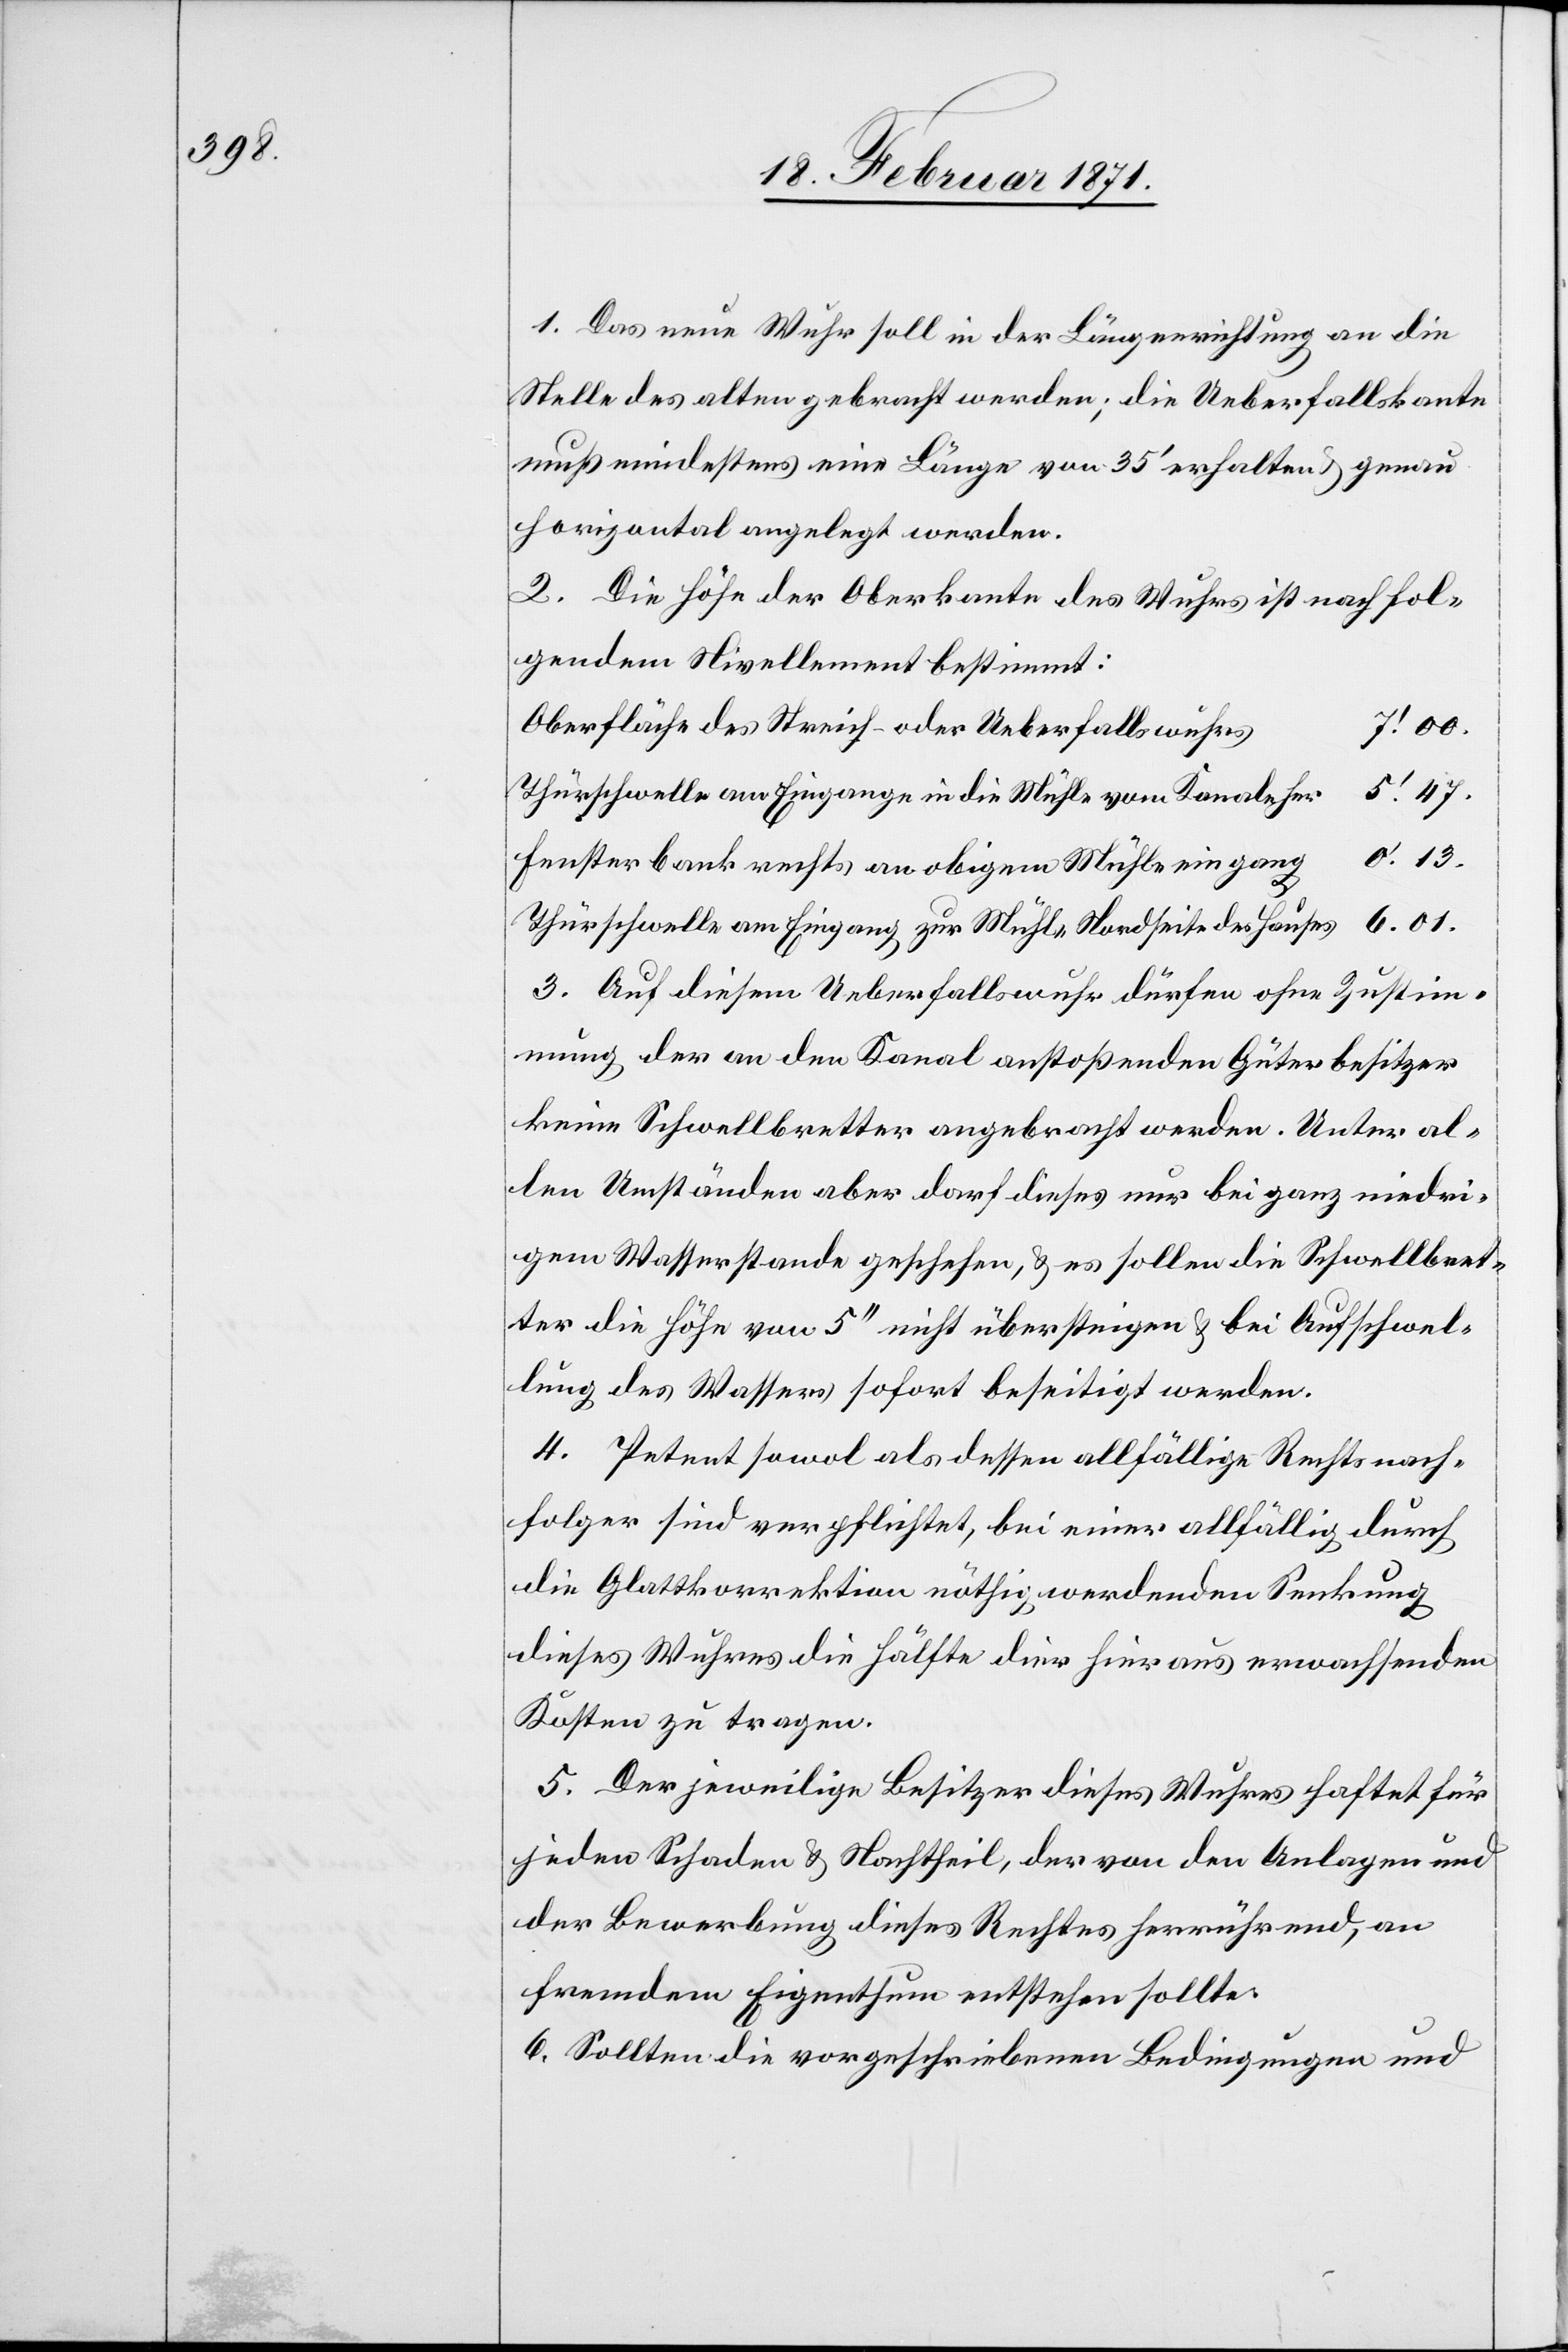
1. Das neue Wuhr soll in der Längenrichtung an die
Stelle des alten gebracht werden, die Ueberfallskante
muß mindestens eine Länge von 35‘ erhalten u. genau
horizontal angelegt werden.
2. Die Höhe der Oberkante des Wuhrs ist nach fol¬
gendem Nivellement bestimmt:
Oberfläche des Streich- oder Ueberfallswuhrs
7‘.00.
5‘.47.
Thürschwelle am Eingange in die Mühle vom Kanale her
Fensterbank rechts an obigem Mühleeingang
Thürschwelle am Eingang zur Mühle Nordseite des Hauses
3. Auf diesem Ueberfallswuhr dürfen ohne Zustim¬
mung der an den Kanal anstoßenden Güterbesitzer
keine Schwellbretter angebracht werden. Unter al¬
len Umständen aber darf dieses nur bei ganz niedri¬
gem Wasserstande geschehen, u. es sollen die Schwellbret¬
ter die Höhe von 5“ nicht übersteigen u. bei Aufschwel¬
lung des Wassers sofort beseitigt werden.
4. Petent sowol als dessen allfällige Rechtsnach¬
folger sind verpflichtet, bei einer allfällig durch
die Glattkorrektion nöthig werdenden Senkung
dieses Wuhres die Hälfte dier [sic!] hieraus erwachsenden
Kosten zu tragen.
5. Der jeweilige Besitzer dieses Wuhres haftet für
jeden Schaden u. Nachtheil, der von den Anlagen und
der Bewerbung dieses Rechtes herrührend, an
fremdem Eigenthum entstehen sollte.
6. Sollten die vorgeschriebenen Bedingungen und